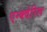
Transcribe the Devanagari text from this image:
एन्क्वेरिल